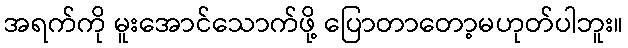
အရက်ကို မူးအောင်သောက်ဖို့ ပြောတာတော့မဟုတ်ပါဘူး။